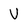
Character: V